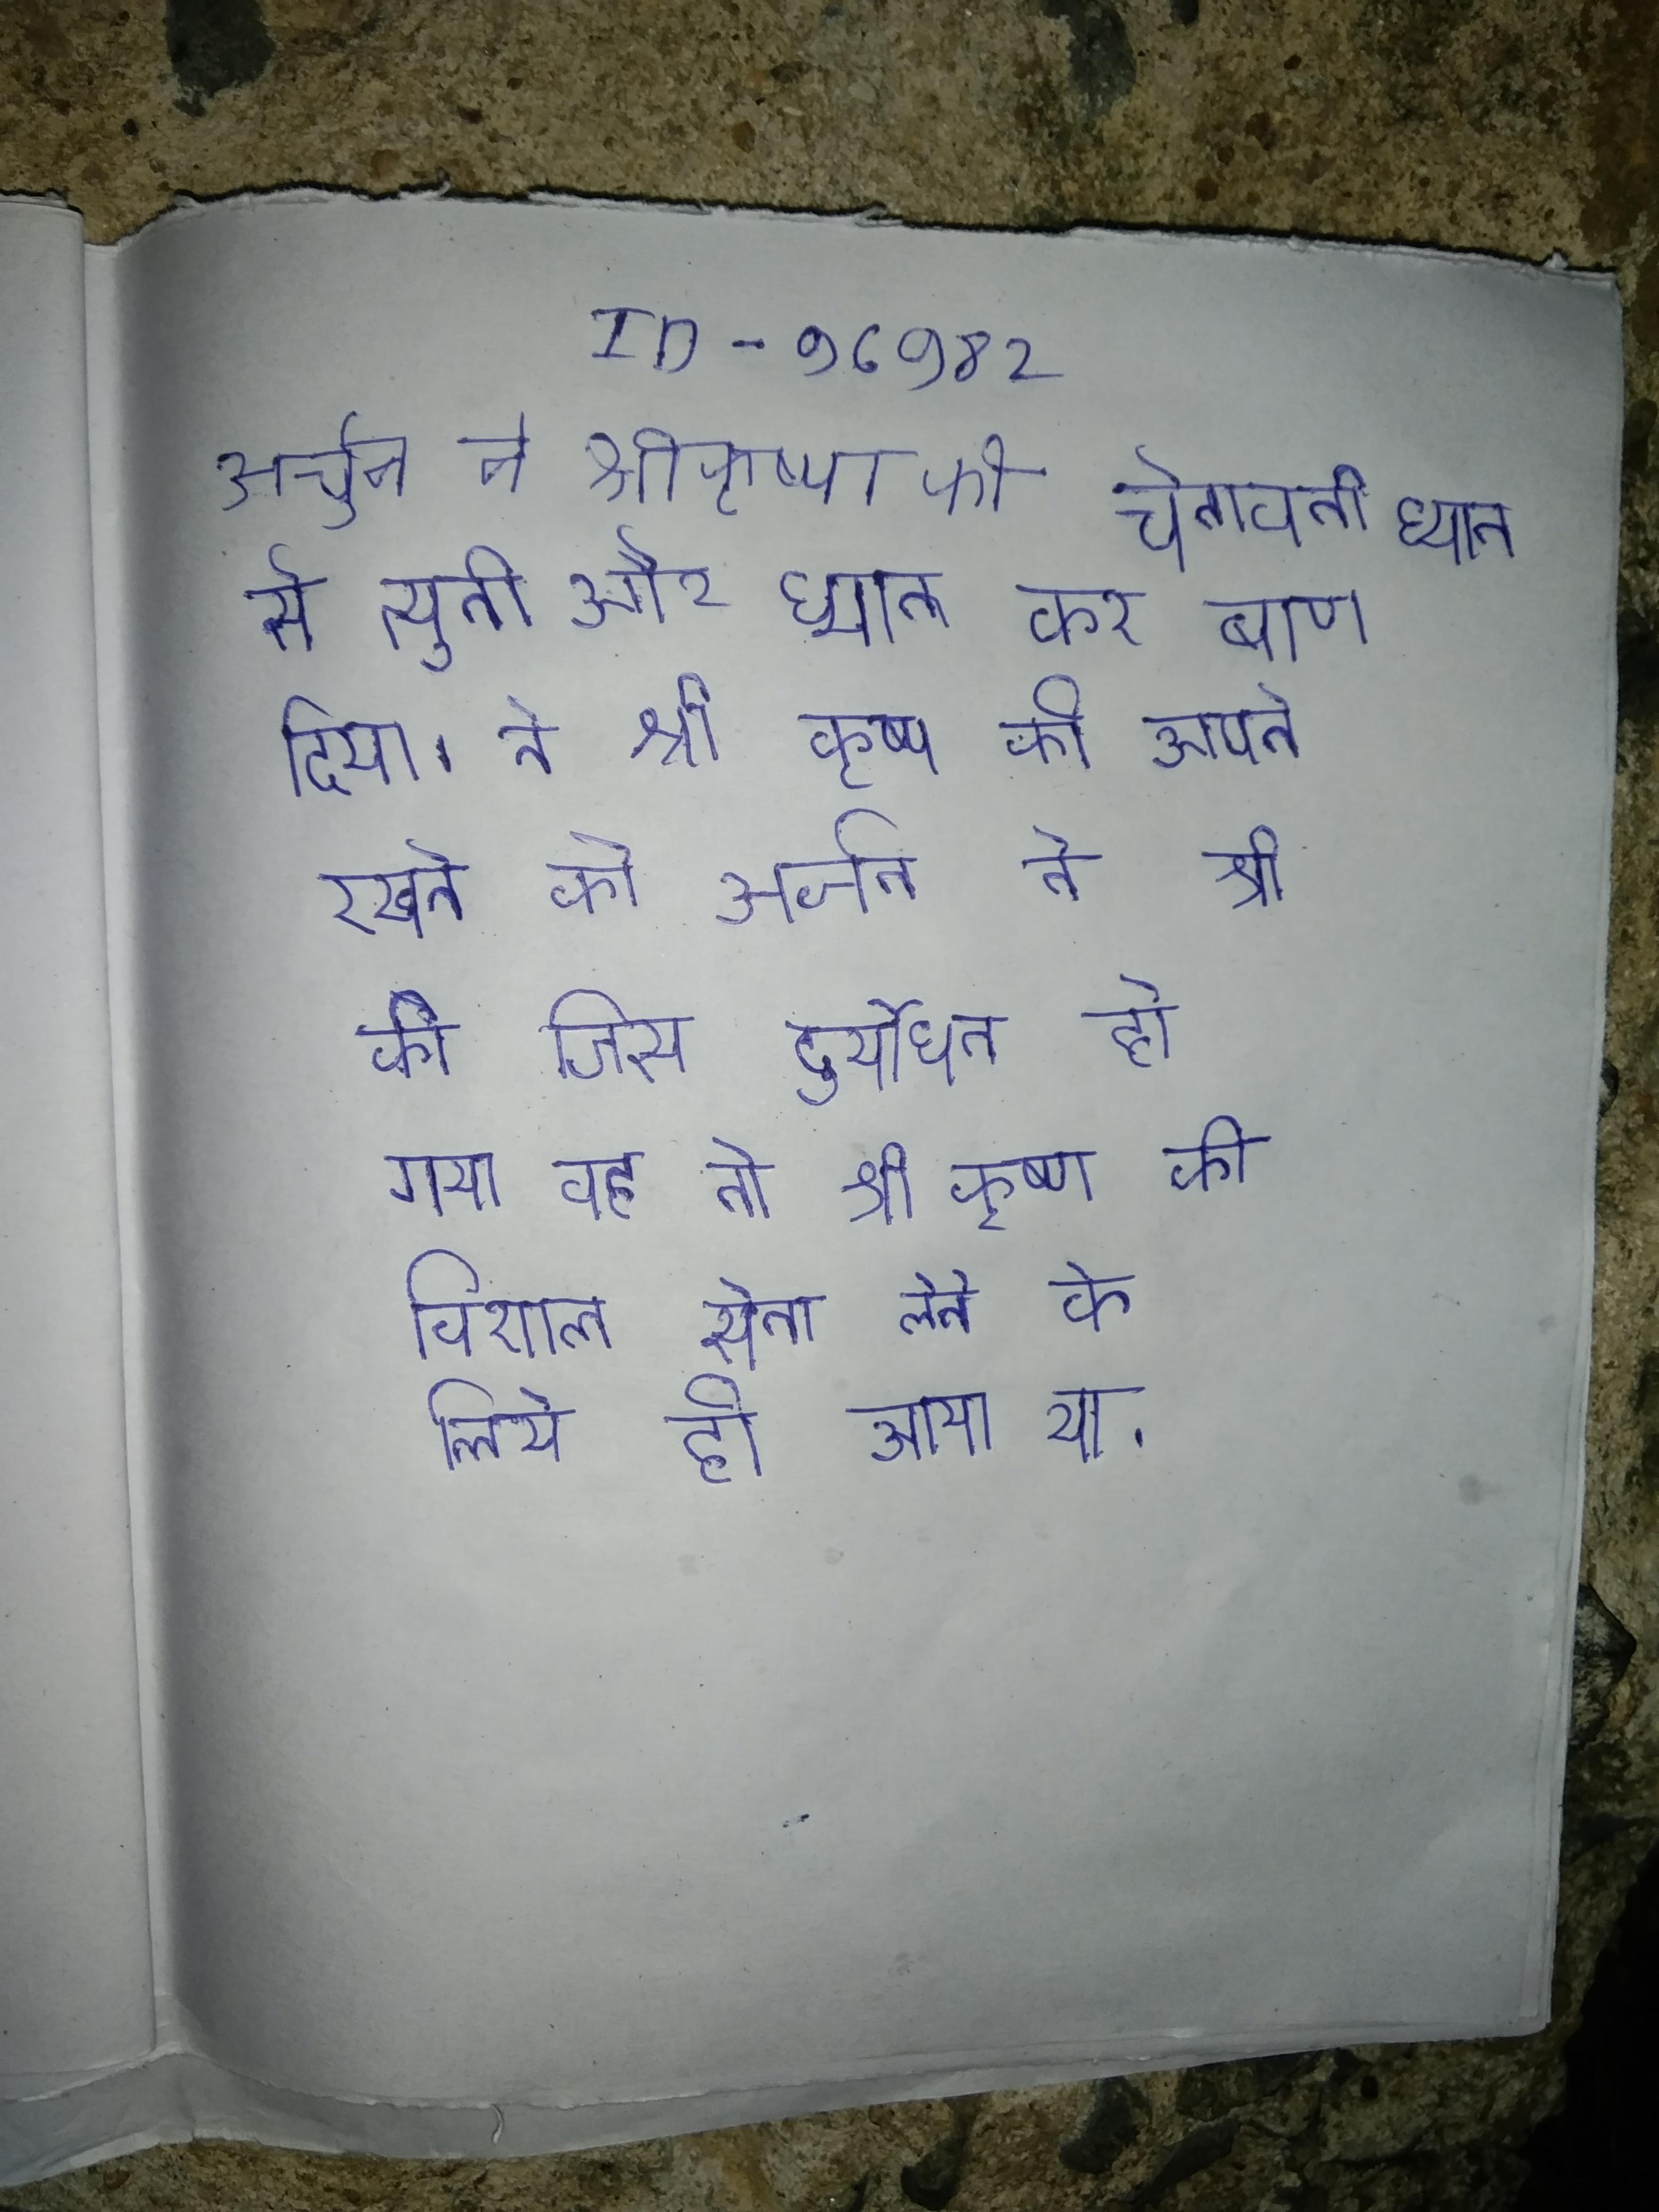
अर्जुन ने श्रीकृष्ण की चेतावनी ध्यान से सुनी और अपनी लक्ष्य की ओर ध्यान कर बाण दिया । अर्जुन ने श्री कृष्ण को अपने साथ रखने की इच्छा प्रकट की जिससे दुर्योधन प्रसन्न हो गया वह तो श्री कृष्ण की विशाल सेना लेने के लिये ही आया था ।